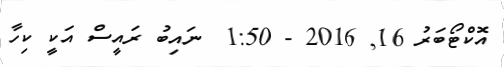
އޮކްޓޯބަރު 16